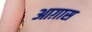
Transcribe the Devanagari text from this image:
आग़ास